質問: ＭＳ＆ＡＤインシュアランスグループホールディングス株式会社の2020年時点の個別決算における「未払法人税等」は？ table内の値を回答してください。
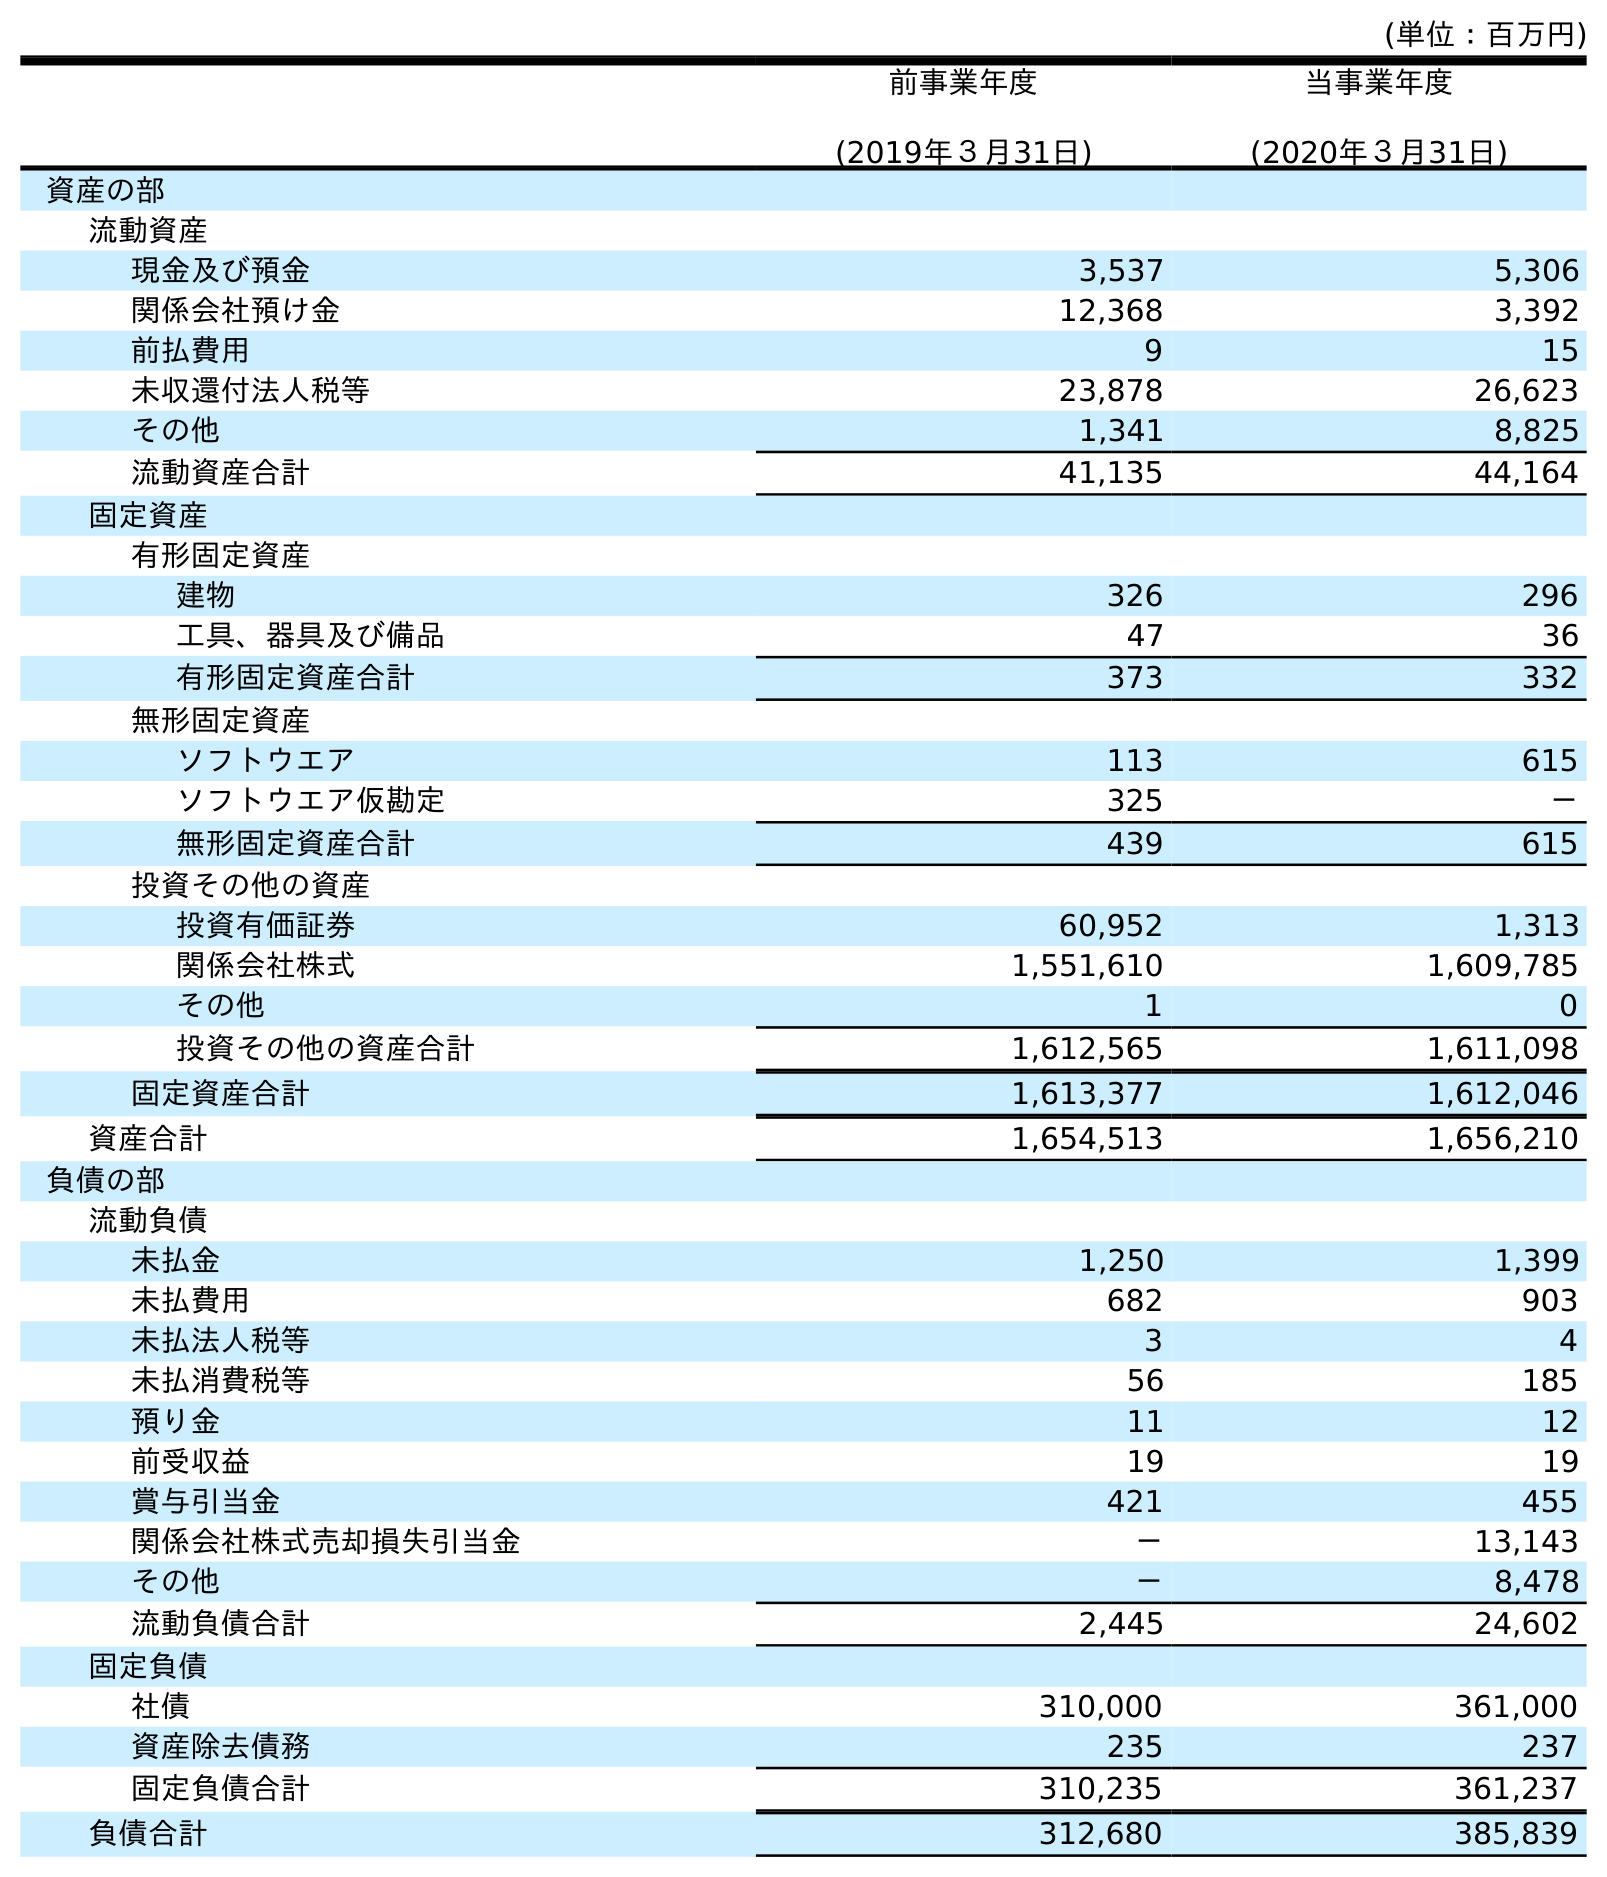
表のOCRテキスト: (単位：百万円) 前事業年度 (2019年３月31日) 当事業年度 (2020年３月31日) 資産の部 流動資産 現金及び預金 3,537 5,306 関係会社預け金 12,368 3,392 前払費用 9 15 未収還付法人税等 23,878 26,623 その他 1,341 8,825 流動資産合計 41,135 44,164 固定資産 有形固定資産 建物 326 296 工具、器具及び備品 47 36 有形固定資産合計 373 332 無形固定資産 ソフトウエア 113 615 ソフトウエア仮勘定 325 － 無形固定資産合計 439 615 投資その他の資産 投資有価証券 60,952 1,313 関係会社株式 1,551,610 1,609,785 その他 1 0 投資その他の資産合計 1,612,565 1,611,098 固定資産合計 1,613,377 1,612,046 資産合計 1,654,513 1,656,210 負債の部 流動負債 未払金 1,250 1,399 未払費用 682 903 未払法人税等 3 4 未払消費税等 56 185 預り金 11 12 前受収益 19 19 賞与引当金 421 455 関係会社株式売却損失引当金 － 13,143 その他 － 8,478 流動負債合計 2,445 24,602 固定負債 社債 310,000 361,000 資産除去債務 235 237 固定負債合計 310,235 361,237 負債合計 312,680 385,839
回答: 4